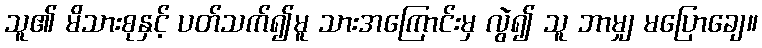
သူ၏ မိသားစုနှင့် ပတ်သက်၍မူ သားအကြောင်းမှ လွဲ၍ သူ ဘာမျှ မပြောချေ။